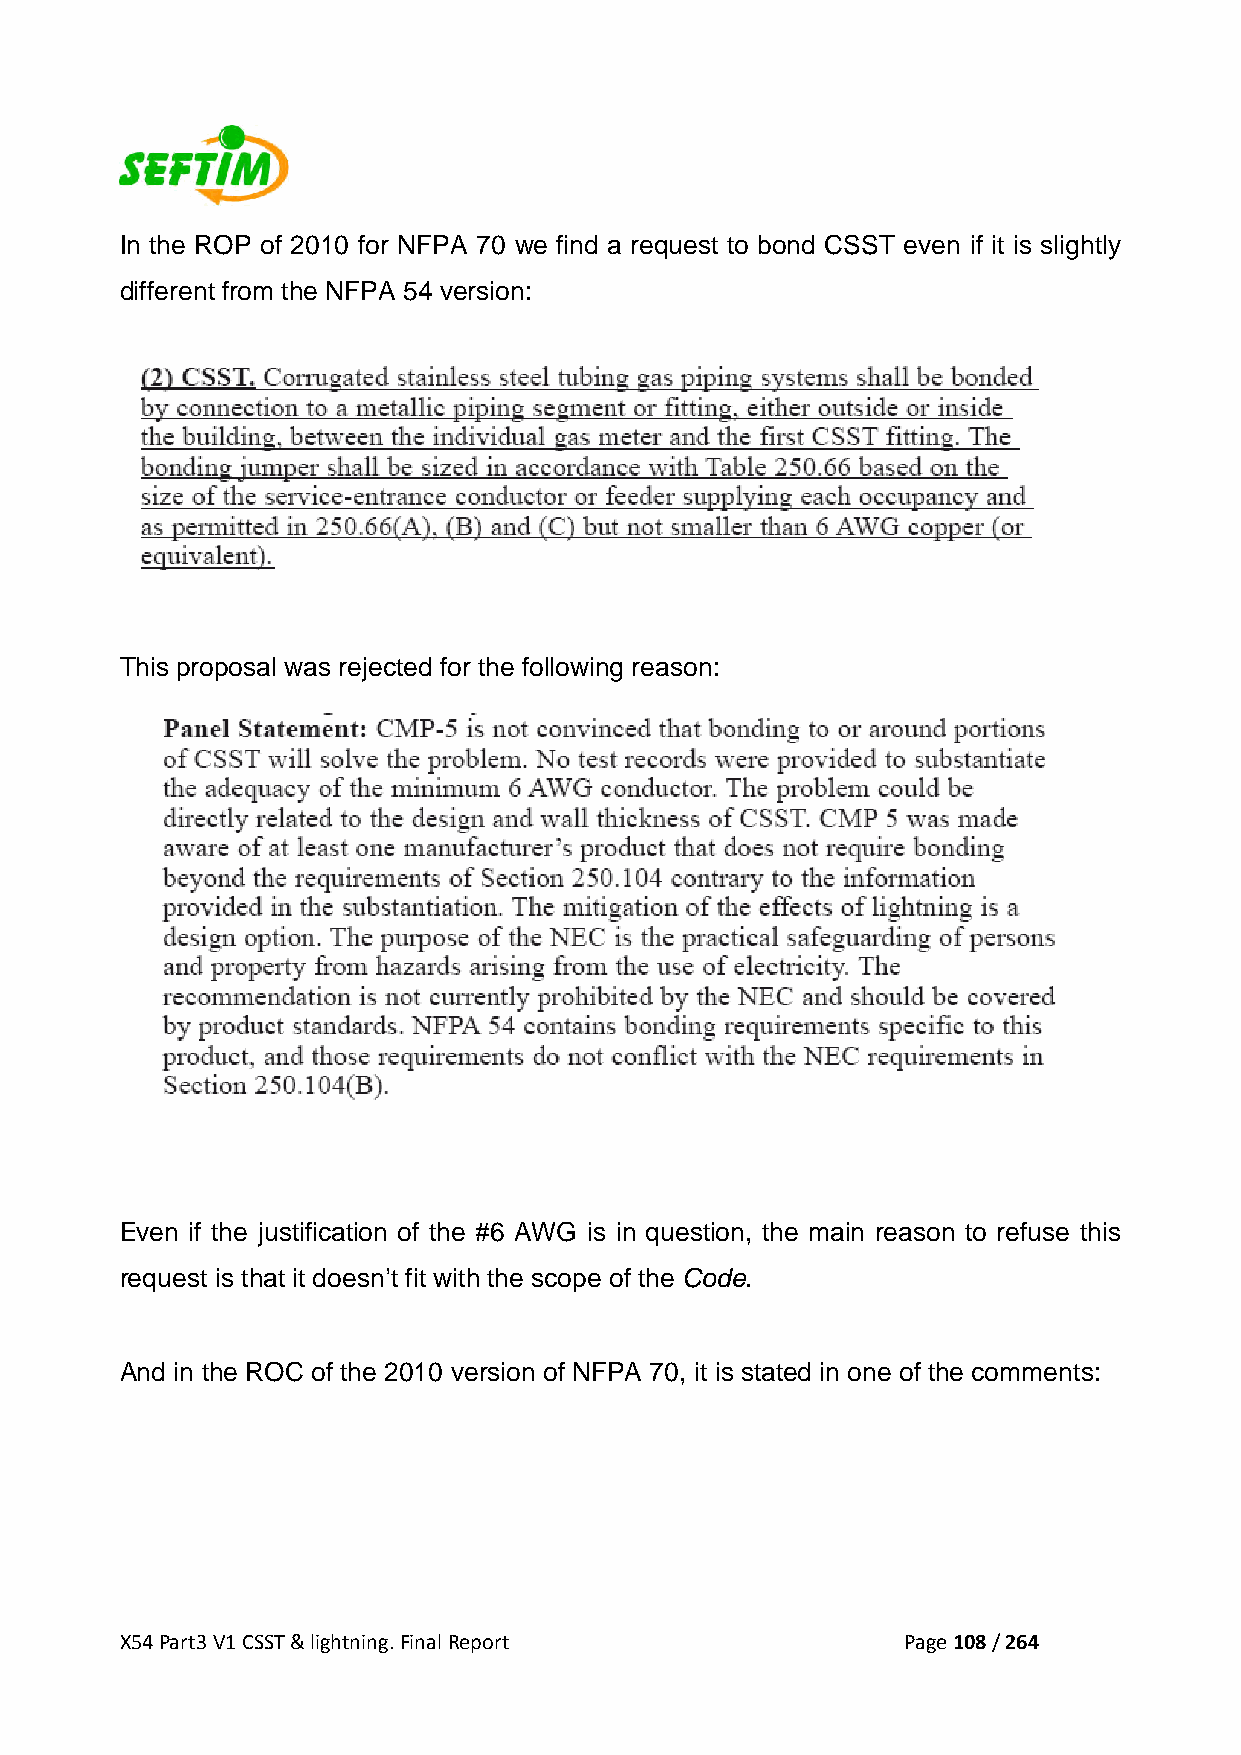
In the ROP of 2010 for NFPA 70 we find a request to bond CSST even if it is slightly
 different from the NFPA 54 version:
 This proposal was rejected for the following reason:
 Even if the justification of the #6 AWG is in question, the main reason to refuse this
 request is that it doesn’t fit with the scope of the Code.
 And in the ROC of the 2010 version of NFPA 70, it is stated in one of the comments:
 X54 Part3 V1 CSST & lightning. Final Report         Page 108 / 264